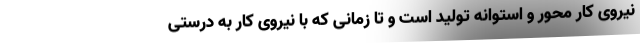
نیروی کار محور و استوانه تولید است و تا زمانی که با نیروی کار به درستی